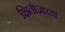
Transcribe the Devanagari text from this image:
क्षितीजाच्या